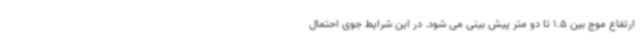
ارتفاع موج بین 1.5 تا دو متر پیش بینی می شود. در این شرایط جوی احتمال